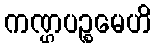
ကဏ္ဌပဉ္စမေဟိ